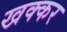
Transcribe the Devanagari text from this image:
खक्कर